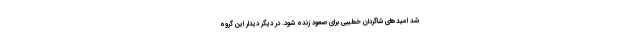
شد امیدهای شاگردان خطیبی برای صعود زنده شود. در دیگر دیدار این گروه